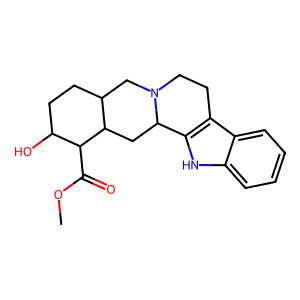
SMILES: COC(=O)C1C(O)CCC2CN3CCc4c([nH]c5ccccc45)C3CC21
Inhibits HIV replication: No